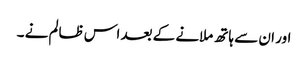
اور ان سے ہاتھ ملانے کے بعد اس ظالم نے ۔